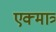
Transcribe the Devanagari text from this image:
एक्मात्र्